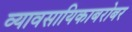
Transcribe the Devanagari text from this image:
व्यावसायिकाबरोबर